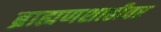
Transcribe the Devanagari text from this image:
ब्राह्मणशाहीवर